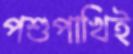
পশুপাখিই